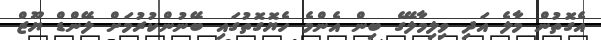
އެގޮތުން މާލެ އަދި ވިލިމާލޭގެ ބިން އެންމެ ހެޔޮގޮތުގައި ބޭނުންކުރުމަށް ލޭންޑް ޔޫޒް